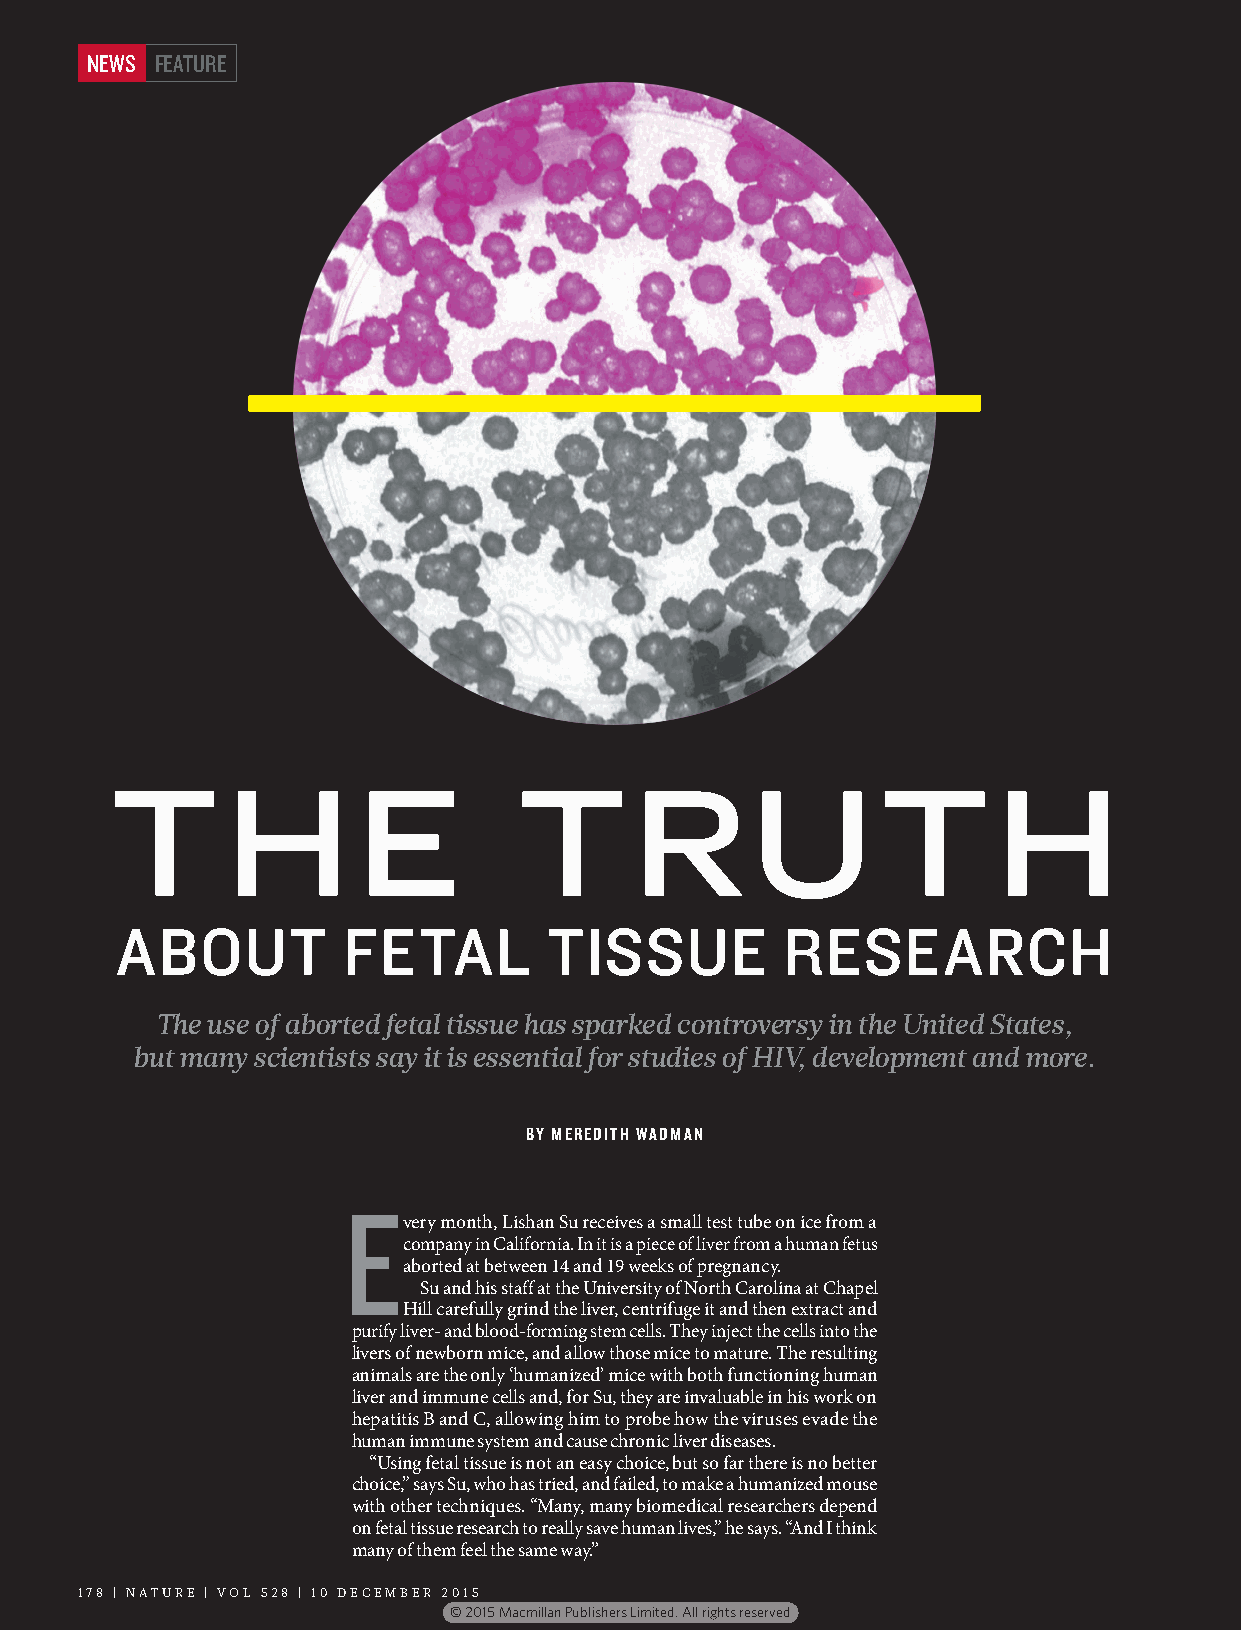
NEWS FEATURE
 THE                        TRUTH
 ABOUT          FETAL        TISSUE          RESEARCH
 The use of aborted fetal tissue has sparked controversy in the United States,
 but many scientists say it is essential for studies of HIV, development and more.
 BY MEREDITH WADMAN
 E
 very month, Lishan Su receives a small test tube on ice from a
 company in California. In it is a piece of liver from a human fetus
 aborted at between 14 and 19 weeks of pregnancy.
 Su and his staff at the University of North Carolina at Chapel
 Hill carefully grind the liver, centrifuge it and then extract and
 purify liver- and blood-forming stem cells. They inject the cells into the
 livers of newborn mice, and allow those mice to mature. The resulting
 animals are the only ‘humanized’ mice with both functioning human
 liver and immune cells and, for Su, they are invaluable in his work on
 hepatitis B and C, allowing him to probe how the viruses evade the
 human immune system and cause chronic liver diseases.
 “Using fetal tissue is not an easy choice, but so far there is no better
 choice,” says Su, who has tried, and failed, to make a humanized mouse
 with other techniques. “Many, many biomedical researchers depend
 on fetal tissue research to really save human lives,” he says. “And I think
 many of them feel the same way.”
 178 | NATURE | VOL 528 | 10 DECEMBER 2015
 © 2015 Macmillan Publishers Limited. All rights reserved